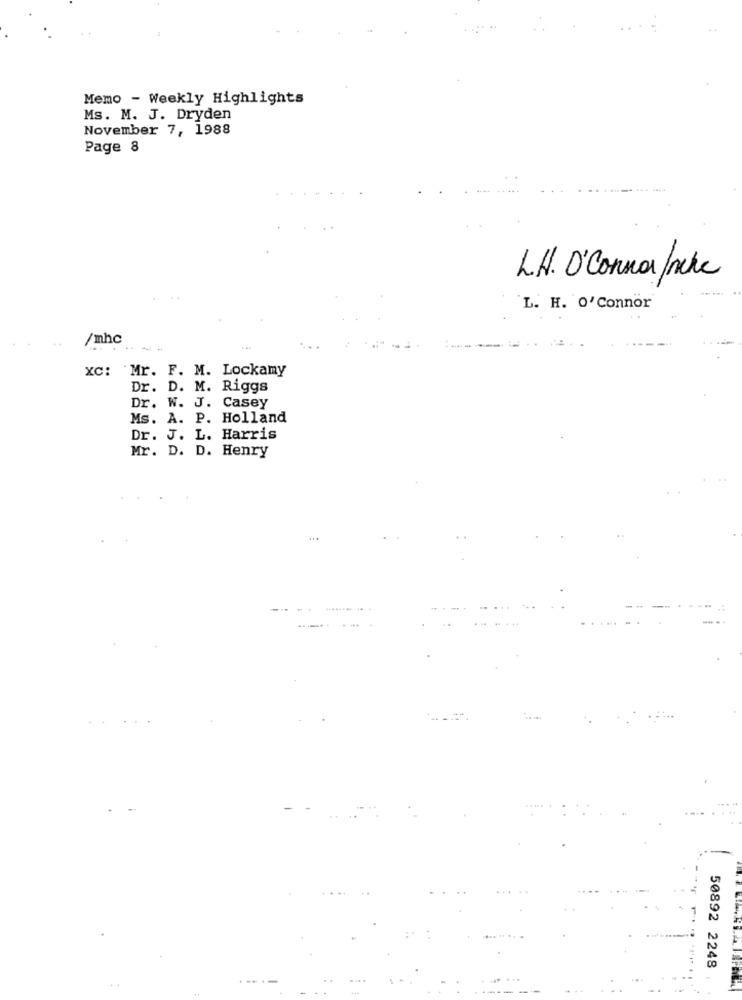
Memo - Weekly Highlights
Ms. M. J. Dryden
November 7, 1988
Page 8
L.H. O'Connor frete
L. H. O'Connor
/mhc
XC: Mr. F. M. Lockamy
Dr. D. M. Riggs
Dr. W. J. Casey
Ms. A. P. Holland
Dr. J. L. Harris
Mr. D. D. Henry
50892 2248